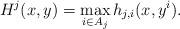
LaTeX: \begin{align*}H^j(x,y)= \max_{i\in A_j}h_{j,i}(x,y^i).\end{align*}